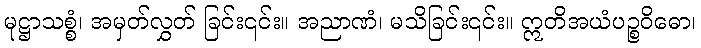
မုဋ္ဌာသစ္စံ၊ အမှတ်လွှတ် ခြင်း၎င်း။ အညာဏံ၊ မသိခြင်း၎င်း။ ဣတိအယံပဉ္စဝိဓော၊